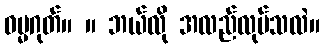
ဓမ္မဂုတ်။ ။ ဘယ်လို အလည်လုပ်သလဲ။